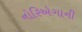
નોરિએગાની